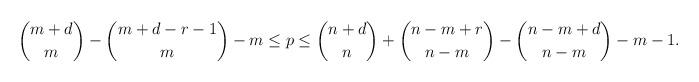
LaTeX: \begin{align*}\binom{m+d}{m}-\binom{m+d-r-1}{m}-m \le p \le \binom{n+d}{n}+ \binom{n-m+r}{n-m}- \binom{n-m+d}{n-m}-m-1.\end{align*}